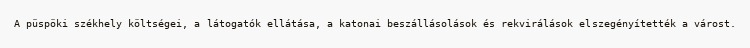
A püspöki székhely költségei, a látogatók ellátása, a katonai beszállásolások és rekvirálások elszegényítették a várost.